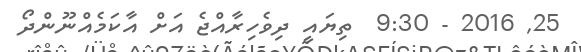
25